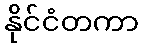
နိုင်ငံတကာ